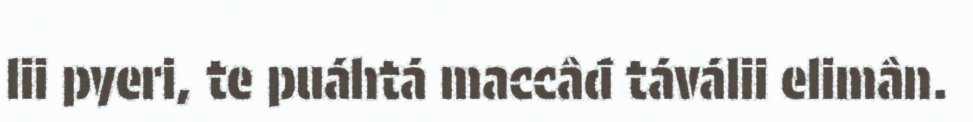
lii pyeri, te puáhtá maccâđ táválii elimân.